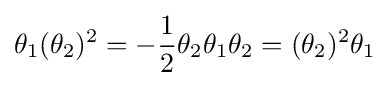
\theta _{1}(\theta _{2})^{2}=-{\frac {1}{2}}\theta _{2}\theta _{1}\theta _{2}=(\theta _{2})^{2}\theta _{1}